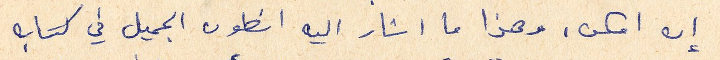
إن امكن، وهذا ما اشار اليه انطون الجميل في كتابه